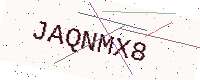
Text: JAQNMX8